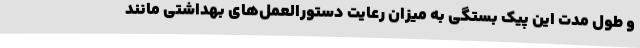
و طول مدت این پیک بستگی به میزان رعایت دستورالعمل‌های بهداشتی مانند